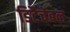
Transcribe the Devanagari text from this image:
डिटैचेबल